Report on sanitation, dispensaries, and jails in Rajputana for 1917, and on vaccination for the year 1917-1918 - 1917-1918
Year: 1917
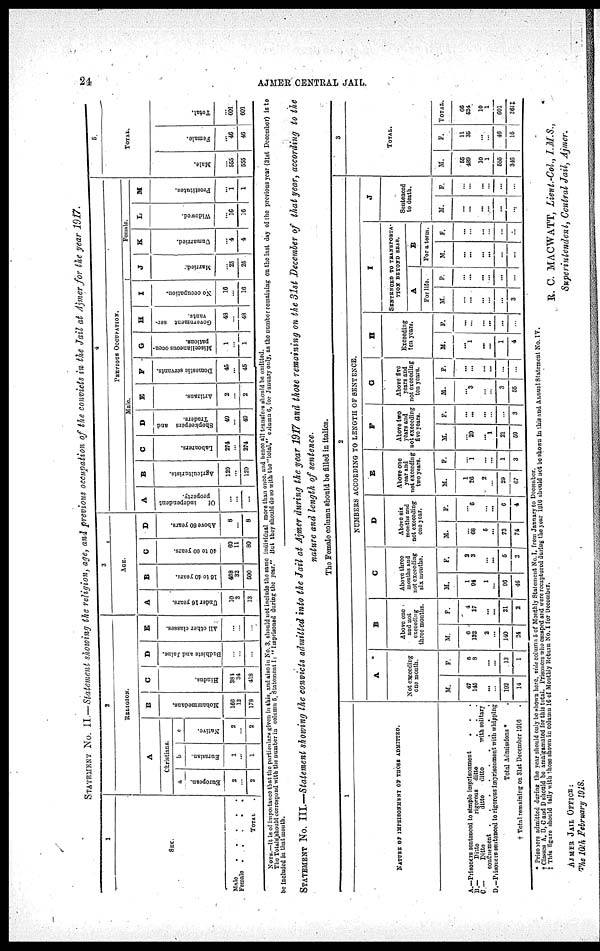
24
AJMER CENTRAL JAIL.
STATEMENT No. II.—Statement showing the religion, age, and previous occupation of the convicts in the Jail at Ajmer for the year 1917.
1
SEX.
Male
.
.
.
.
.
Female .
.
.
.
.
TOTAL .
2
RELIGION.
A
Christians.
a
European.
2
...
2
b
Eurasian.
1
...
1
c
Native.
2
...
2
B
Mohammedans.
166
12
178
C
Hindus.
384
34
418
D
Budhists and Jains.
...
...
...
E
All other classes.
...
...
...
3
AGE.
A
Under 16 years.
10
3
13
B
16 to 40 years.
468
32
500
C
40 to 60 years.
69
11
80
D
Above 60 years.
8
...
8
4
PREVIOUS OCCUPATION.
Male.
A
Of
independent
property.
...
...
...
B
Agriculturists.
120
...
120
C
Labourers.
274
...
274
D
Shopkeepers and
Traders.
49
...
49
E
Artizans.
2
...
2
F
Domestic servants.
45
...
45
G
Miscellaneous occu-
pations.
1
...
1
H
Government ser¬
vants.
48
...
48
I
No occupation.
16
...
16
Female.
J
Married.
...
25
25
K
Unmarried.
...
4
4
L
Widowed.
...
16
16
M
Prostitutes.
...
1
1
5.
TOTAL.
Male.
...
555
555
Female.
...
46
46
Total.
...
601
601
NOTE.—It is of Importance that the particulars given in this, and also in No. 3, should not include the same individual more than once and hence all transfers should be omitted.
The Totals should correspond with the number in column 5. Statement I: "Imprisoned during the year." But they should do so with the total, column 6, for January only, as the number remaining on the last day of the previous year (31st December) is to
be included in that month.
STATEMENT No. III.—Statement showing the convicts admitted into the Jail at Ajmer during the year 1917 and those remaining on the 31st December of that year, according to the
nature and length of sentence.
The Female column should be filled in italics.
1
NATUER OF IMPRISONMENT OF THOSE ADMITTED.
A.—Prisoners sentenced to simple imprisonment . . .
D.—
Ditto
rigorous ditto . . .
C—
Ditto
ditto
ditto
with solitary
confinement .
.
.
.
.
.
.
.
.
D.—Prisoners sentenced to rigorous imprisonment with whipping
Total Admissions * .
† Total remaining on 31st December 1916 .
2
NUMBERS ACCORDING TO LENGTH OF SENTENCE.
A
Not excecding
one month.
M.
47
145
...
...
102
14
F.
5
8
...
...
13
1
B
Above one
and not
excecding
three months.
M.
6
132
2
...
140
24
F.
4
17
...
...
21
2
C
Above three
months and
not excecding
six months.
M.
1
94
1
...
96
46
F.
2
3
...
...
5
2
D
Above six
months and
not execeding
one year.
M.
...
68
5
...
73
74
F.
...
6
...
...
6
4
E
Above one
year and
not excecding
two years.
M.
1
26
2
...
29
67
F.
...
1
...
...
1
3
F
Above two
year and
not excecd
five years.
M.
...
20
...
1
21
59
F.
...
...
...
...
...
3
G
Above five
years and
not excecding
ten years.
M.
...
3
...
...
3
55
F.
...
...
...
...
...
...
H
Excecding
ten years.
M.
...
1
...
...
1
4
F.
...
...
...
...
...
...
I
SENTENCED TO TRANSPORTA¬
TION BEYOND SEAS.
A
For life.
M.
...
...
...
...
...
3
F.
...
...
...
...
...
...
B
For a term.
M.
...
...
...
...
...
...
F.
...
...
...
...
...
...
J
Sentenced
to death.
M.
...
...
...
...
...
...
F.
...
...
...
...
...
...
3
TOTAL.
M.
55
480
10
1
555
346
F.
11
35
...
...
40
15
TOTAL.
66
534
10
1
601
361‡
* Prisoners admitted during the year should only be shown here, vide column 5 of Monthly Statement No. I. from January to December.
† Clauses A, B, C and D should be amalgamated for this total. Prisoners who escaped and were recaptured during the year 1916 should not be shown in this and Annual Statement No. IV.
‡ This figure should tally with those shown in column 16 of Monthly Return No. I for December.
R. C. MACWATT, Lieut.-Col., I.M.S.,
Superintendent, Central Jail, Ajmer.
AJMER JAIL OFFICE:
The 10th February 1918.